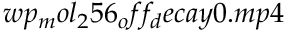
w p _ { m } o l _ { 2 } 5 6 _ { o } f f _ { d } e c a y 0 . m p 4